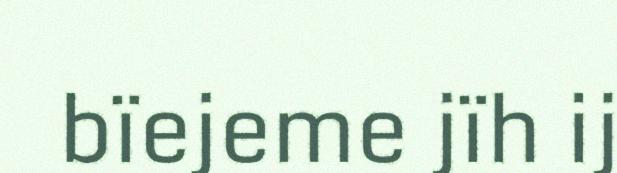
bïejeme jïh ij